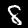
Label: 8